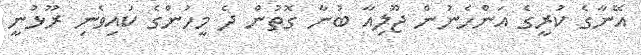
އޭނާގެ ކުރީގެ އަންހެނުން ޖޫލިއާ ބުނާ ގޮތުން ދެ މީހުންގެ ކައިވެނި ރޫޅުނީ